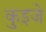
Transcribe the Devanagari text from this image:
कुइजे